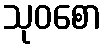
သုဝစော